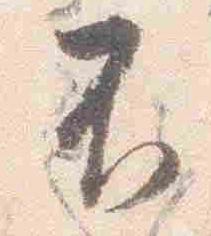
不